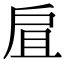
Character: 𢨷